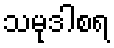
သမုဒါစရ